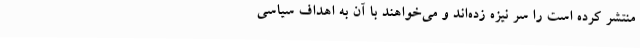
منتشر کرده است را سر نیزه زده‌اند و می‌خواهند با آن به اهداف سیاسی